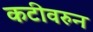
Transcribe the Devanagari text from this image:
कटीवरुन